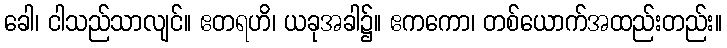
ခေါ၊ ငါသည်သာလျင်။ ဧတရဟိ၊ ယခုအခါ၌။ ဧကကော၊ တစ်ယောက်အထည်းတည်း။